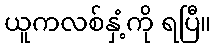
ယူကလစ်နှံ့ကို ရပြီ။